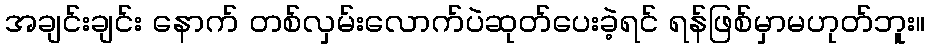
အချင်းချင်း နောက် တစ်လှမ်းလောက်ပဲဆုတ်ပေးခဲ့ရင် ရန်ဖြစ်မှာမဟုတ်ဘူး။